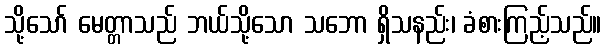
သို့သော် မေတ္တာသည် ဘယ်သို့သော သဘော ရှိသနည်း၊ ခံစားကြည့်သည်။